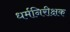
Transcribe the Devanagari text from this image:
धर्मनिरीक्षक